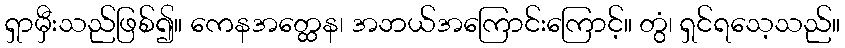
ရှာမှီးသည်ဖြစ်၍။ ကေနအတ္ထေန၊ အဘယ်အကြောင်းကြောင့်။ တွံ၊ ရှင်ရသေ့သည်။